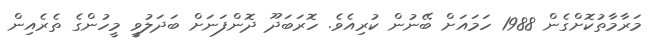
މަރާމާތުކޮށްގެން 1988 ހަމައަށް ބޭނުން ކުރިއެވެ. ހޮރަބަދޫ ދޮންފަނަށް ބަދަލުވީ މީހުންގެ ތެރެއިން